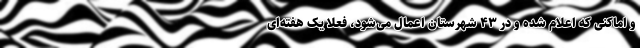
و اماکنی که اعلام شده و در ۴۳ شهرستان اعمال می‌شود، فعلا یک هفته‌ای